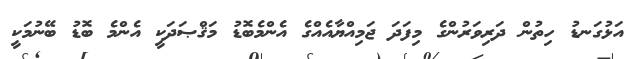
އަޅުގަނޑު ހިތުން ދަރިވަރުންގެ މިފަދަ ޖަމިއްޔާއެއްގެ އެންމެބޮޑު މަޤްޞަދަކީ އެންމެ ބޮޑު ބޭނުމަކީ